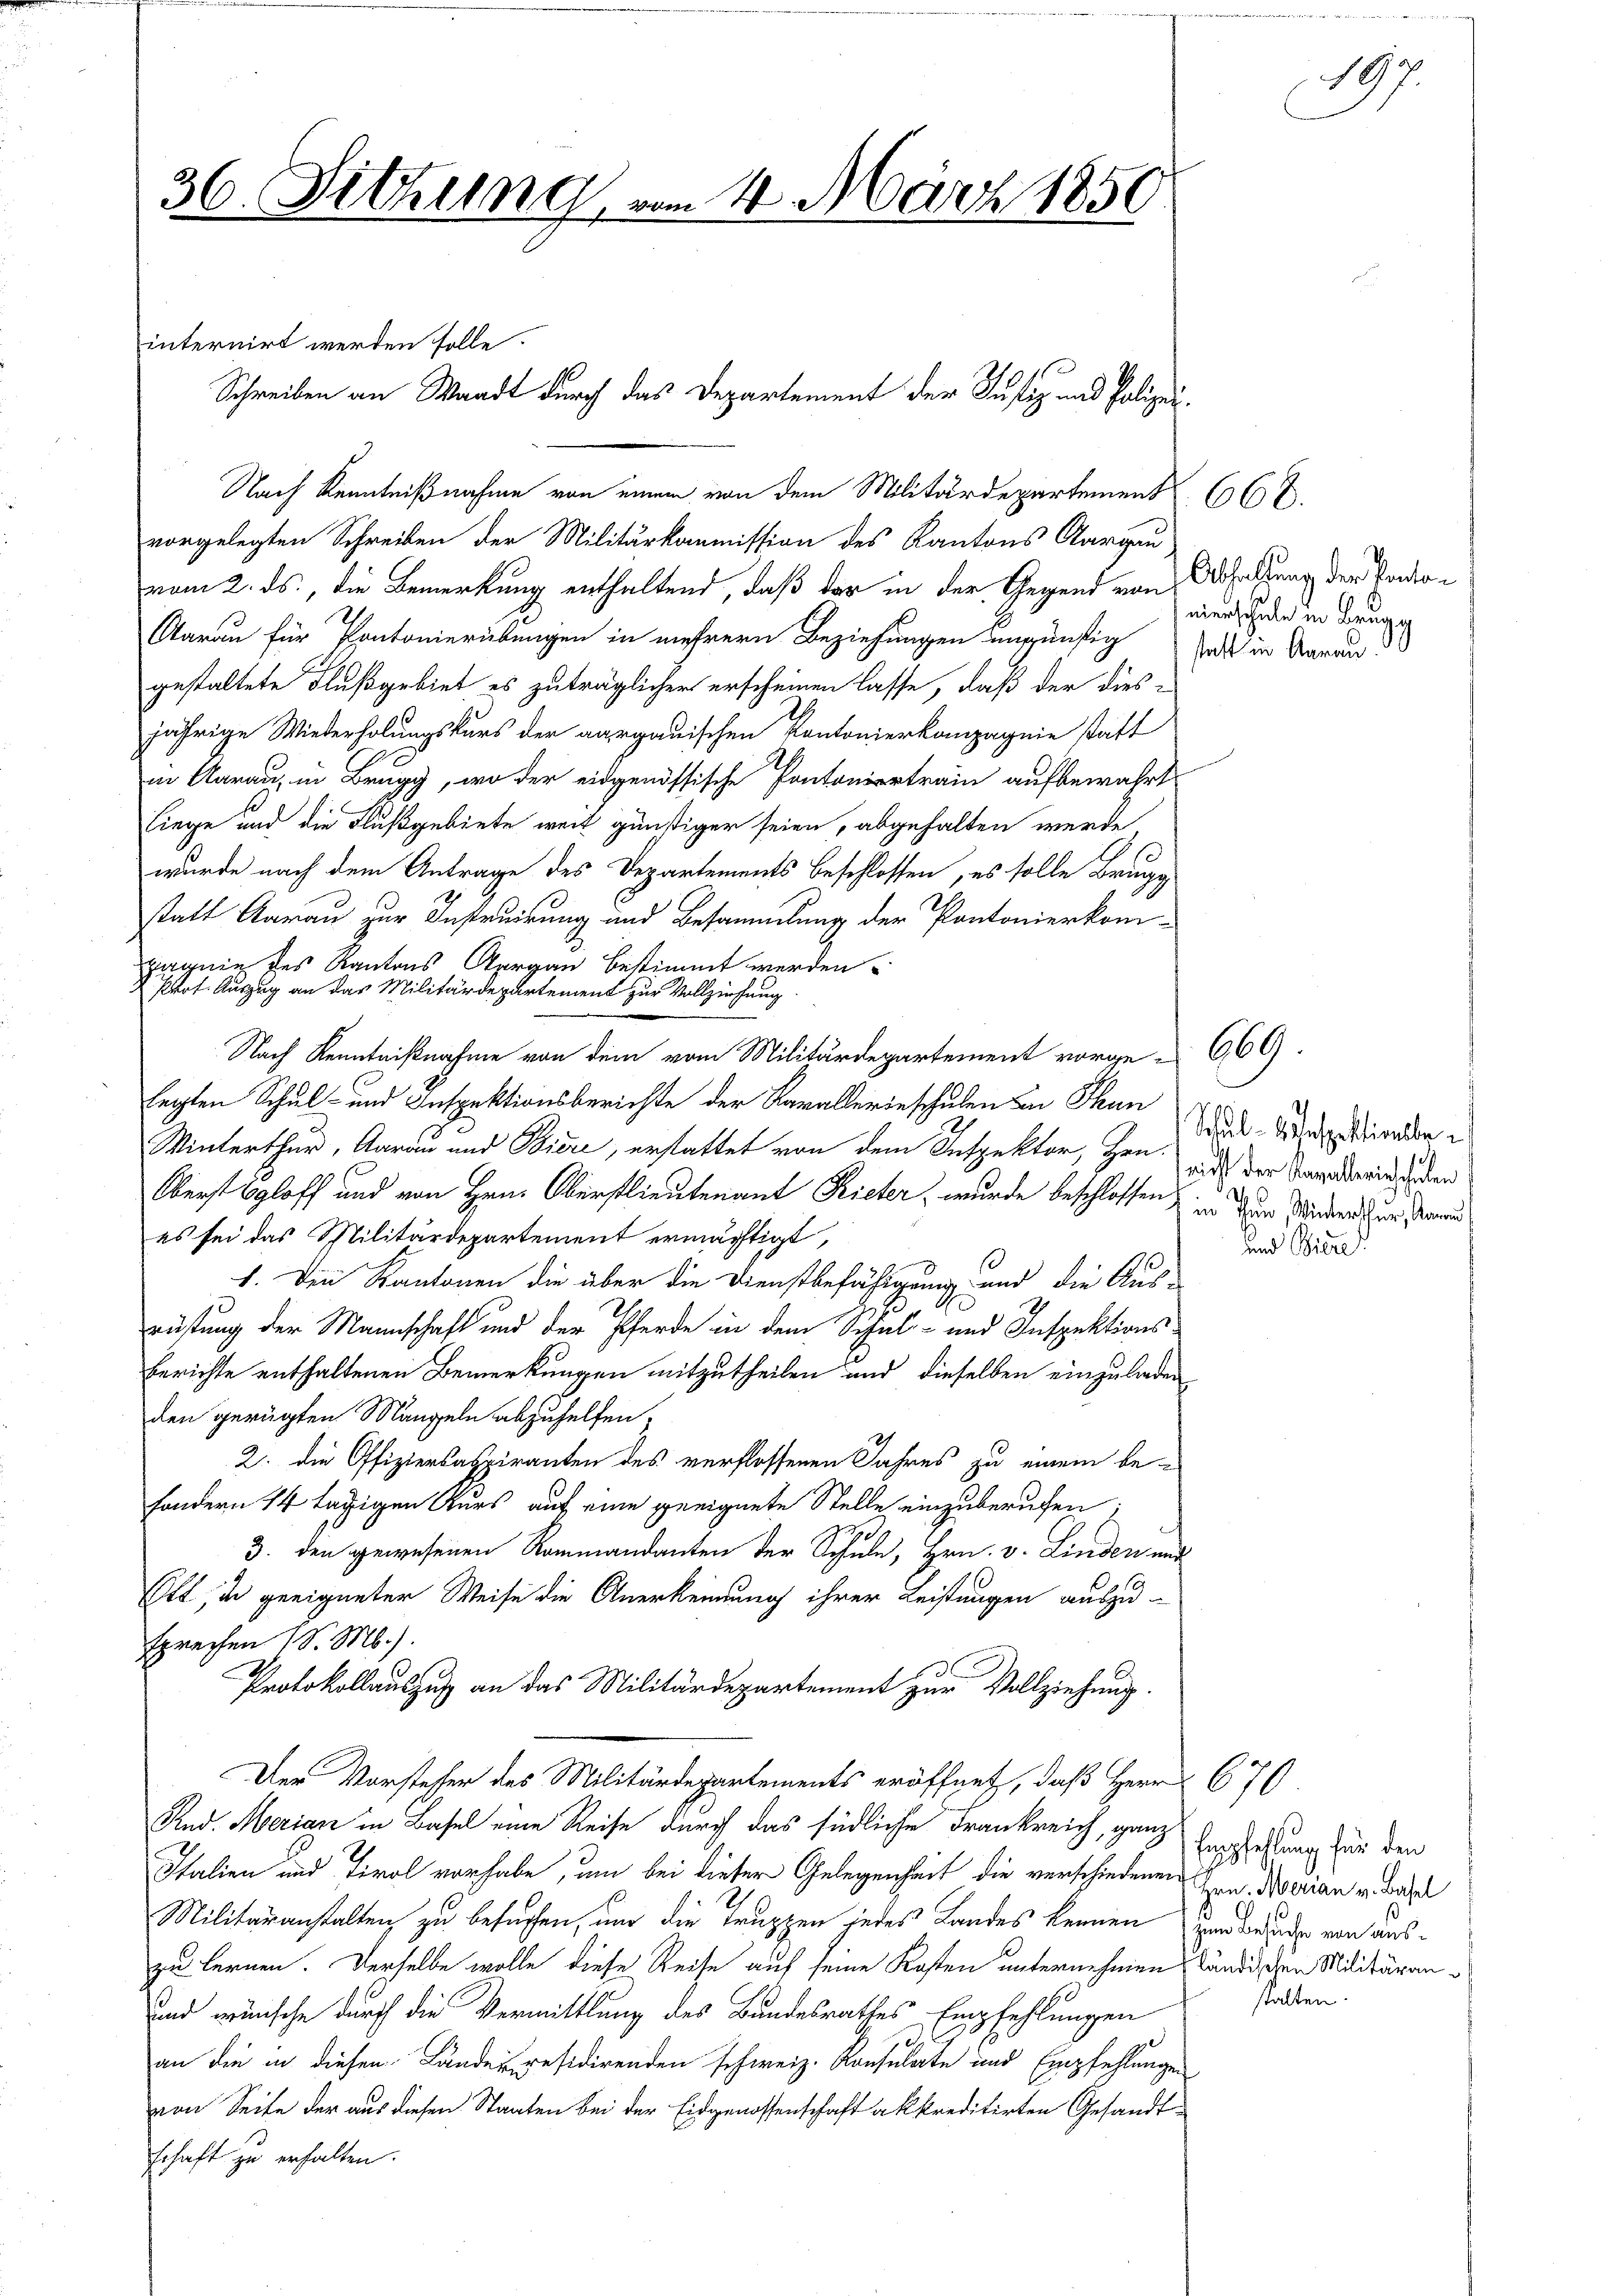
36. Sitzung, vom 4. März 1850.

internirt werden solle.
vorgelegten Schreiben der Militärkommission des Kantons Aargau
vom 2. ds., die Bemerkung enthaltend, daß der in der Gegend von Abfaltung der Pander¬
Aarau für Pontonierübungen in mehrern Beziehungen ungünstig
gestaltete Flußgebiet es zuträglicher erscheinen lasse, daß der dies-
jährige Wiederholungskurs der aargauischen Kantonierkampagnie statt
in Aarau, in Brugg, wo der eidgenössische Pontoniertram aufbewahrt
liege und die Flußgebiete weit günstiger seien, abgehalten werde
wurde nach dem Antrage des Departements beschlossen, es solle Brugg
statt Aarau zur Instruirung und Besammlung der Pontonierkompagnie des Kantons Aargau bestimmt werden.
Prof. Auszug an das Militärdepartement zur Vollziehung
Nach Kenntnißnahme von dem vom Militärdepartement vorge-
legten Schul- und Inspektionsberichte der Kavallerieschulen von Than
Winterthur, Aarau und Biere, erstattet von dem Inspektor, her aus der Tagendeidgen
Verst beloff und von Hrn. Oberstlieutenant Rieter, wurde beschlossen, in dem Mindern in der und
es sei das Militärdepartement ermächtigt,
1. Den Kantonen die über die Dienstbefähigung und die Aus-
rüstung der Mannschaft und der Pferde in dem Schul- und Inspektions¬
Berichte enthaltenen Bemerkungen mitzutheilen und dieselben einzuladen
den gerügten Mängeln abzuhelfen,
2. die Offizierlaspiranten des verflossenen Jahres zu einem be-
sondern 14 tägigen Kurs auf eine geeignete Stelle einzuberufen.
h
3. den gewesenen Kommandanten der Schule, Hrn. v. Linden und
Ott, in geeigneter Weise die Anerkennung ihrer Leistungen auszu-
sprechen (S. M.).
Protokollauszug an das Militärdepartement zur Vollziehung.
Der Vorsteher des Militärdepartements eröffnet, daß Herr 670
And. Merian in Basel eine Reise durch das südliche Frankreich, ganz Empfehlung für den
Italien und Tirol vorhabe, um bei dieser Gelegenheit die verschiedenen Hrn. Marian u. Basel
Militäranstalten zu besuchen, und die Truppen jedes Landes kennen
zu lernen. Derselbe wolle diese Reise auf seine Kosten unternehmen ständischen Militäran¬
und wünsche durch die Vermittlung des Bundesrathes Empfehlungen
an die in diesen Landeresidirenden schweiz. Konsulate und Empfehlungen
von Seite der aus diesen Staaten bei der Eidgenossenschaft akkreditirten Gesandtschaft zu erhalten.

Schreiben an Waadt durch das Departement der Justiz und Polizei¬
Nach Kenntnißnahme von einem von dem Militärdepartement

nierschule in Brugg
statt in Aarau

Schul-Inspektivelte
5
und Biere

669.

660.

zum Versuche von ausstalten.

197.